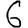
Digit: 6